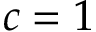
c = 1